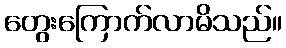
တွေးကြောက်လာမိသည်။